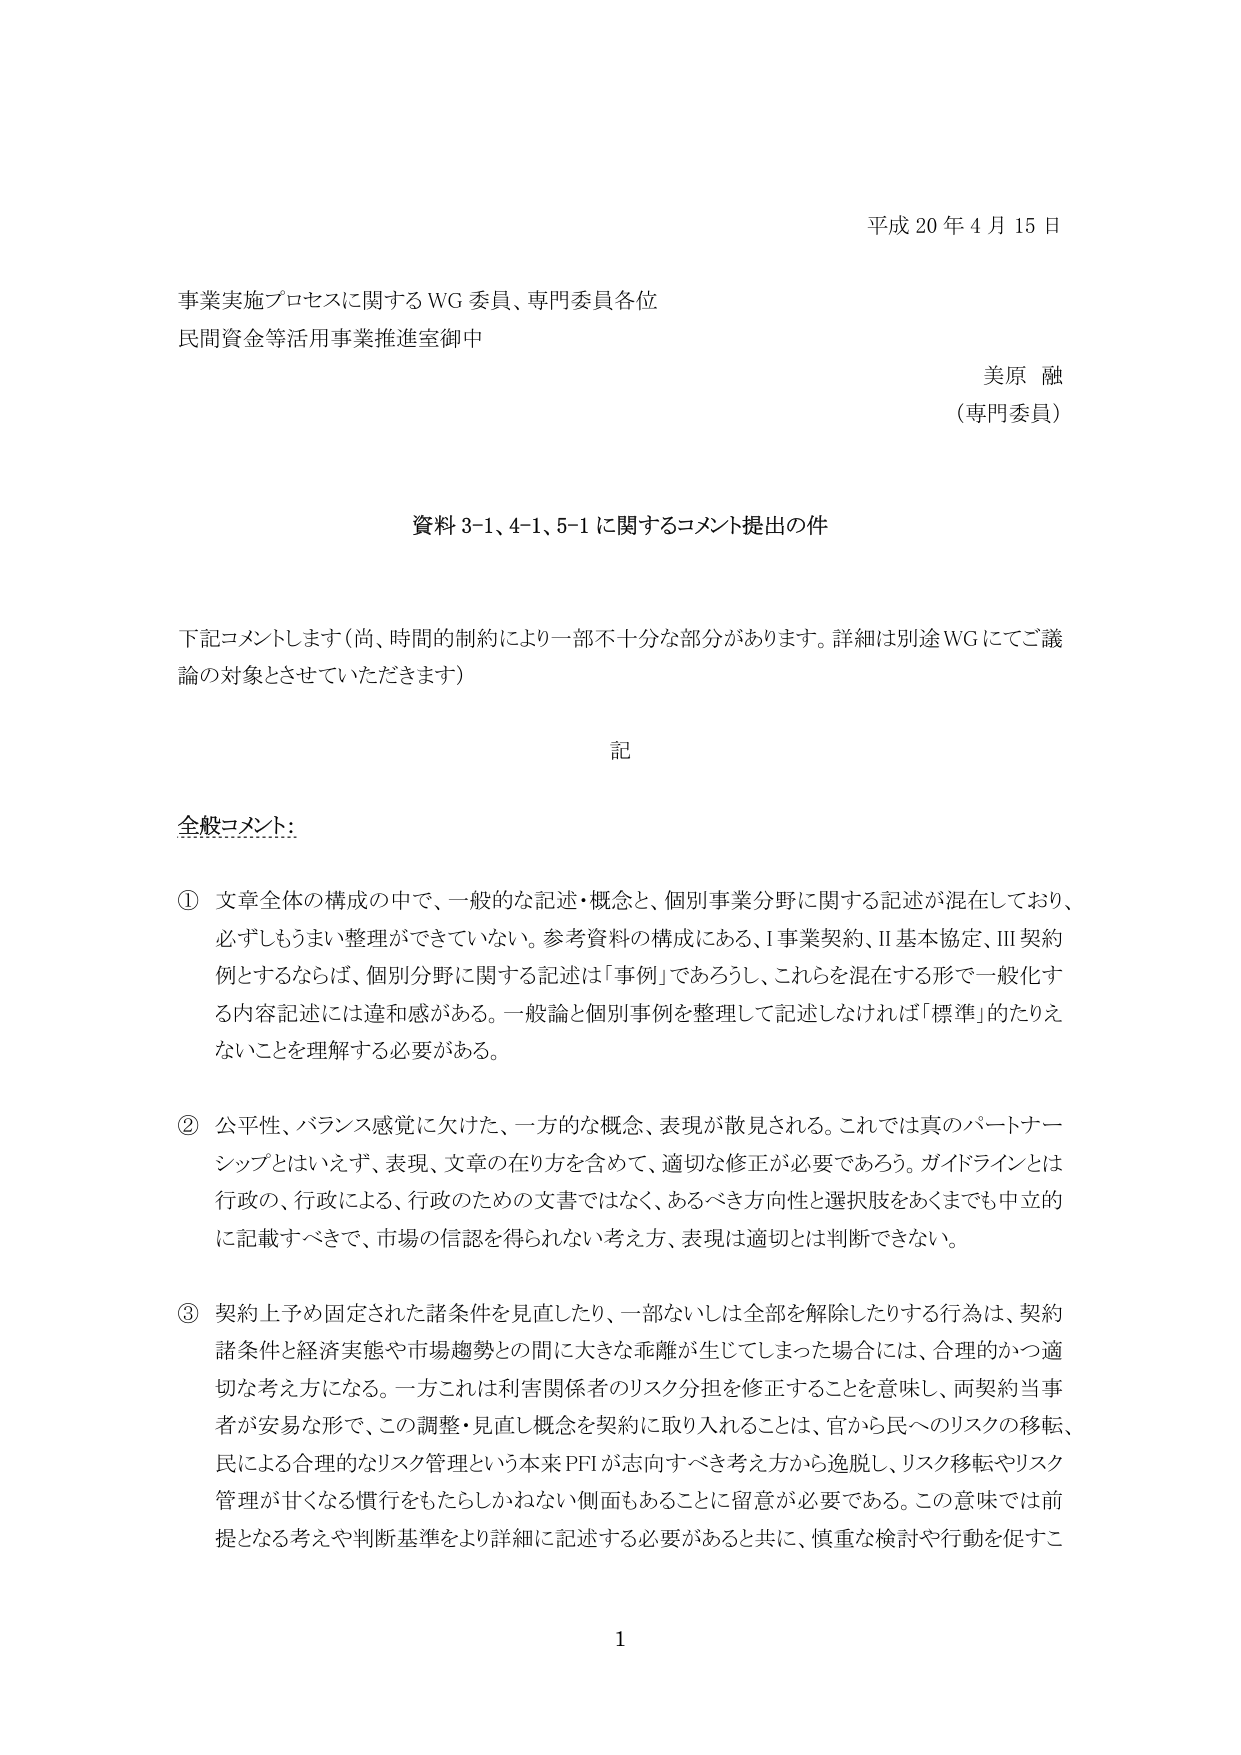
平成 20 年 4 月 15 日

事業実施プロセスに関する WG 委員、専門委員各位
民間資金等活用事業推進室御中

美原 融
（専門委員）

資料 3-1、4-1、5-1 に関するコメント提出の件

下記コメントします（尚、時間の制約により一部不十分な部分があります。詳細は別途 WG にてご議論の対象とさせていただきます）

記

全般コメント：

① 文章全体の構成の中で、一般的な記述・概念と、個別事業分野に関する記述が混在しており、必ずしもうまく整理ができていない。参考資料の構成にある、Ⅰ事業契約、Ⅱ基本協定、Ⅲ契約例とするならば、個別分野に関する記述は「事例」であろうし、これらを混在する形で一般化する内容記述には違和感がある。一般論と個別事例を整理して記述しなければ「標準」的たりえないことを理解する必要がある。

② 公平性、バランス感覚に欠けた、一方的な概念、表現が散見される。これでは真のパートナーシップとはいえず、表現、文章の在り方を含めて、適切な修正が必要であろう。ガイドラインとは行政の、行政による、行政のための文書ではなく、あるべき方向性と選択肢をあくまでも中立的に記載すべきで、市場の信認を得られない考え方、表現は適切とは判断できない。

③ 契約上予め固定された諸条件を見直したり、一部ないしは全部を解除したりする行為は、契約諸条件と経済実態や市場趨勢との間に大きな乖離が生じてしまった場合には、合理的かつ適切な考え方になる。一方これは利害関係者のリスク分担を修正することを意味し、両契約当事者が安易な形で、この調整・見直し概念を契約に取り入れることは、官から民へのリスクの移転、民による合理的なリスク管理という本来 PFI が志向すべき考え方から逸脱し、リスク移転やリスク管理が甘くなる慣行をもたらしかねない側面もあることに留意が必要である。この意味では前提となる考えや判断基準をより詳細に記述する必要があると共に、慎重な検討や行動を促すこ

1